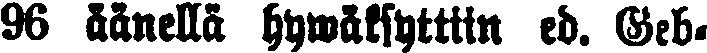
96 äänellä hyväksyttiin ed. Geb-